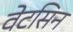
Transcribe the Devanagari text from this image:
वेटसिन